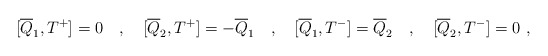
\begin{align*}[\overline{Q}_1 , T^+]=0 \quad , \quad [\overline{Q}_2 , T^+] = -\overline{Q}_1 \quad , \quad[\overline{Q}_1 ,T^-] = \overline{Q}_2 \quad , \quad [\overline{Q}_2 ,T^-]=0 \ ,\end{align*}